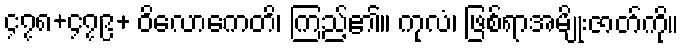
၄၇၈+၄၇၉+ ဝိလောကေတိ၊ ကြည့်၏။ ကုလံ၊ ဖြစ်ရာအမျိုးဇာတ်ကို။